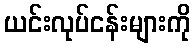
ယင်းလုပ်ငန်းများကို